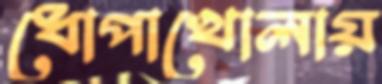
ধোপাখোলায়